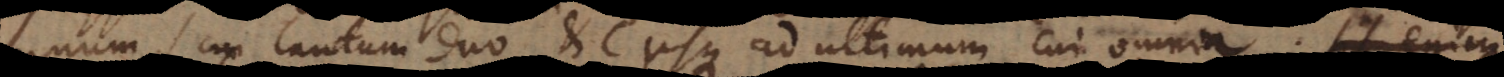
unum, cui tantum duo etc. usque ad ultimum cui omnia. Quod